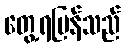
တွေ့ရပြန်သည်